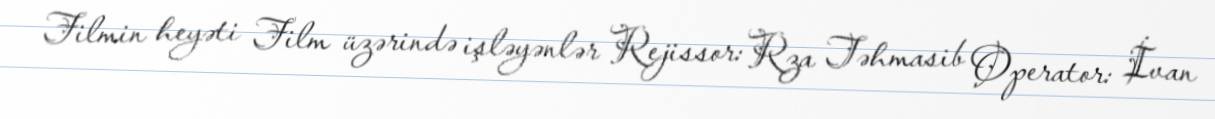
Filmin heyəti Film üzərində işləyənlər Rejissor: Rza Təhmasib Operator: İvan